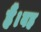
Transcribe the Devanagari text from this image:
हैं।वह